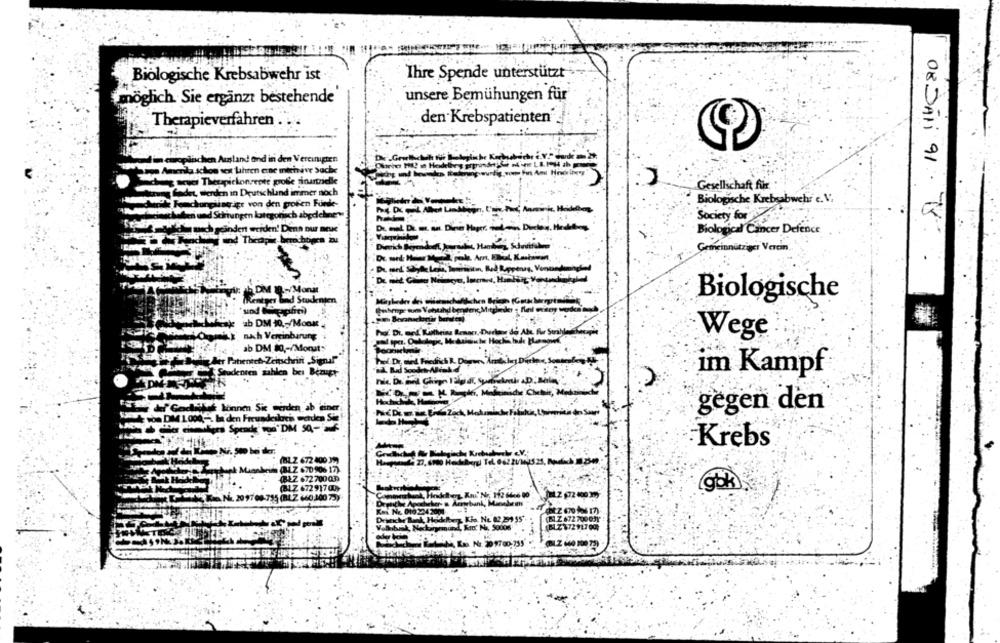
Biologische Krebsabwehr ist
Ihre Spende unterstützt
möglich. Sie ergänzt bestehende
unsere Bemühungen für
Therapieverfahren . .
den Krebspatienten
im europäischen Ausland and in den Vereinigten
Amerika schon seit Jahren eine mieivive Suche
chang seud Theupickonzepte groffe sinartzielle
Gesellschaft für
Cause Cada werden in Deutschland immer noch
Biologische Krebsabwehr e. V.
weit Femchungling igt von den proffen Funke-
schacheri und Schiungen koategonach abgdelnew
Society for
"Seal and' nach geändert werden! Denn our neue
Biological Cancer Defence
08 DATI 91 - 18
Gemeinnütziger Verein.
5 DM .- /Monat
Biologische
TRentner band Studenten
"sind Mapfre)
b DM 10 ,- /Mook .
Wege
ah ah Varginbaruns
ab DM 80 ,- /Monuts
der Patientet -Zeitschrift Sigual"
im Kampf
Fal def Cockkek bonnen Sie mirden ab einer
gegen den
4 von DIM 1000 , la den Freundeskreis werden Sie
Krebs
(BL.Z 672 400 3)
kein (BLZ 670906 17).
(BLZ 672700Q3)
(BLZ 672 917 00Y
Knu' Nr. 112 6446 00
BOK.NE 209708-755 (BLZ 66010072)
Thank, Manode ins
Kin. No. 82,259 55'-
BLZ 672 70003Y
BLZ17291700;